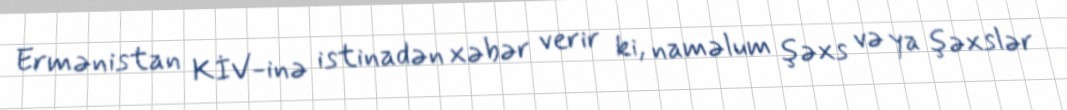
Ermənistan KİV-inə istinadən xəbər verir ki, naməlum şəxs və ya şəxslər